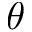
\theta